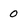
Character: 0